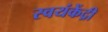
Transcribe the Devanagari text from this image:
स्वयंकेंद्री